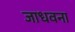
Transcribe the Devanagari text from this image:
जाधवना